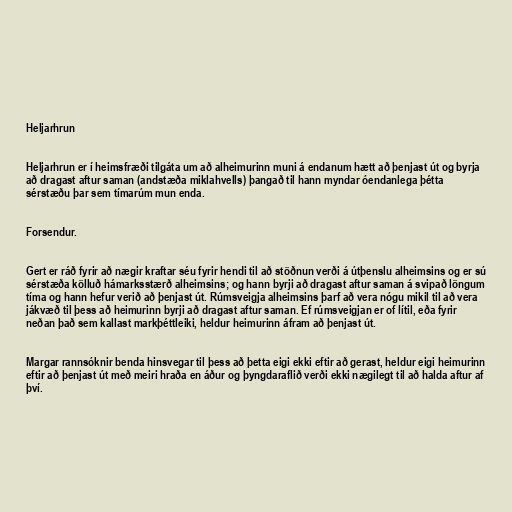
Heljarhrun

Heljarhrun er í heimsfræði tilgáta um að alheimurinn muni á endanum hætt að þenjast út og byrja
að dragast aftur saman (andstæða miklahvells) þangað til hann myndar óendanlega þétta
sérstæðu þar sem tímarúm mun enda.

Forsendur.

Gert er ráð fyrir að nægir kraftar séu fyrir hendi til að stöðnun verði á útþenslu alheimsins og er sú
sérstæða kölluð hámarksstærð alheimsins; og hann byrji að dragast aftur saman á svipað löngum
tíma og hann hefur verið að þenjast út. Rúmsveigja alheimsins þarf að vera nógu mikil til að vera
jákvæð til þess að heimurinn byrji að dragast aftur saman. Ef rúmsveigjan er of lítil, eða fyrir
neðan það sem kallast markþéttleiki, heldur heimurinn áfram að þenjast út.

Margar rannsóknir benda hinsvegar til þess að þetta eigi ekki eftir að gerast, heldur eigi heimurinn
eftir að þenjast út með meiri hraða en áður og þyngdaraflið verði ekki nægilegt til að halda aftur af
því.